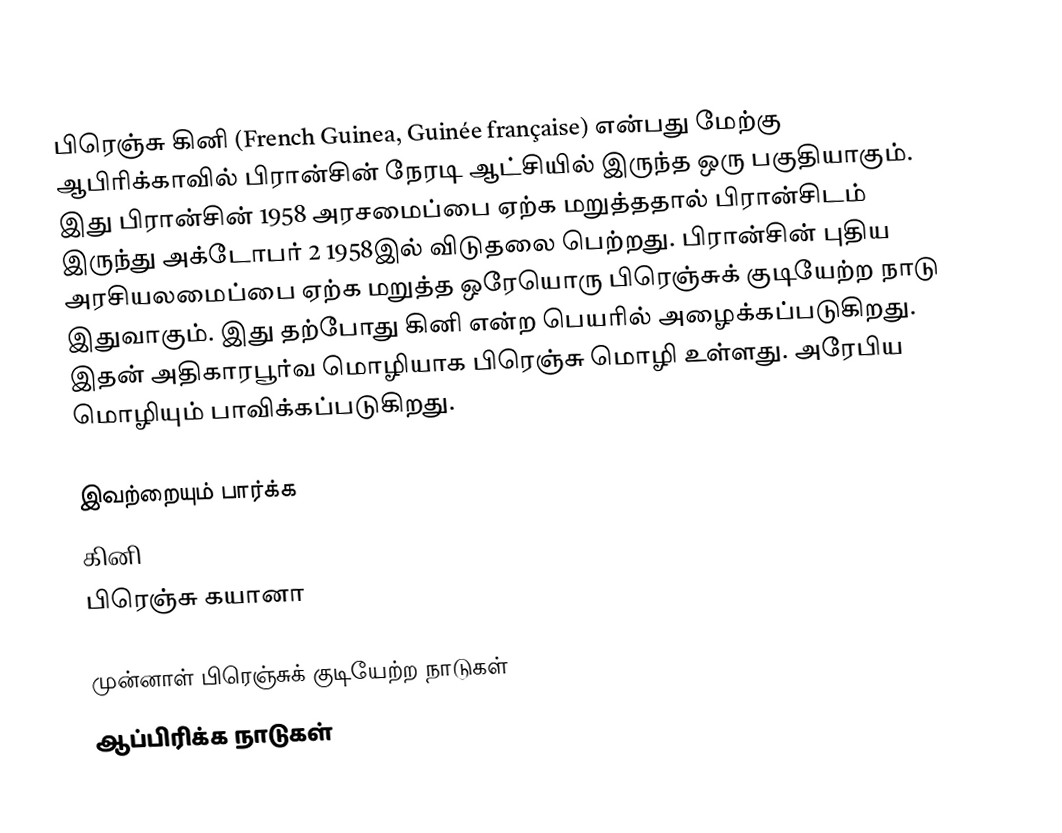
பிரெஞ்சு கினி (French Guinea, Guinée française) என்பது மேற்கு ஆபிரிக்காவில் பிரான்சின் நேரடி ஆட்சியில் இருந்த ஒரு பகுதியாகும். இது பிரான்சின் 1958 அரசமைப்பை ஏற்க மறுத்ததால் பிரான்சிடம் இருந்து அக்டோபர் 2 1958இல் விடுதலை பெற்றது. பிரான்சின் புதிய அரசியலமைப்பை ஏற்க மறுத்த ஒரேயொரு பிரெஞ்சுக் குடியேற்ற நாடு இதுவாகும். இது தற்போது கினி என்ற பெயரில் அழைக்கப்படுகிறது. இதன் அதிகாரபூர்வ மொழியாக பிரெஞ்சு மொழி உள்ளது. அரேபிய மொழியும் பாவிக்கப்படுகிறது.

இவற்றையும் பார்க்க
 கினி
 பிரெஞ்சு கயானா

முன்னாள் பிரெஞ்சுக் குடியேற்ற நாடுகள்
ஆப்பிரிக்க நாடுகள்